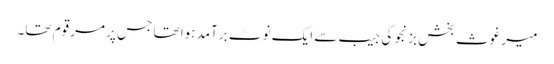
میر غوث بخش بزنجو کی جیب سے ایک نوٹ برآمد ہوا تھا جس پر مرقوم تھا۔